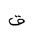
Letter: _qaf